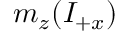
m _ { z } ( I _ { + x } )